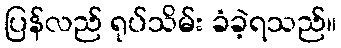
ပြန်လည် ရုပ်သိမ်း ခံခဲ့ရသည်။